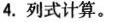
4. 列式计算。